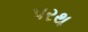
પરથ